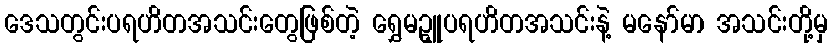
ဒေသတွင်းပရဟိတအသင်းတွေဖြစ်တဲ့ ရွှေမဥ္ဇူပရဟိတအသင်းနဲ့ မနော်မာ အသင်းတို့မှ